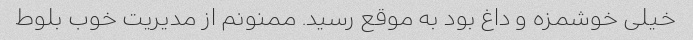
خیلی خوشمزه و داغ بود به موقع رسید. ممنونم از مدیریت خوب بلوط